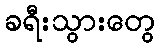
ခရီးသွားတွေ